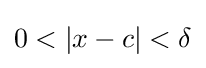
0<|x-c|<\delta